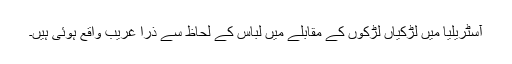
آسٹریلیا میں لڑکیاں لڑکوں کے مقابلے میں لباس کے لحاظ سے ذرا غریب واقع ہوئی ہیں۔